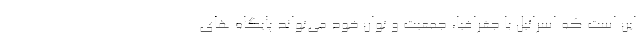
این است که اسرائیل با جغرافیا، جمعیت و توان خود می‌تواند پایگاه های